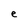
Character: e